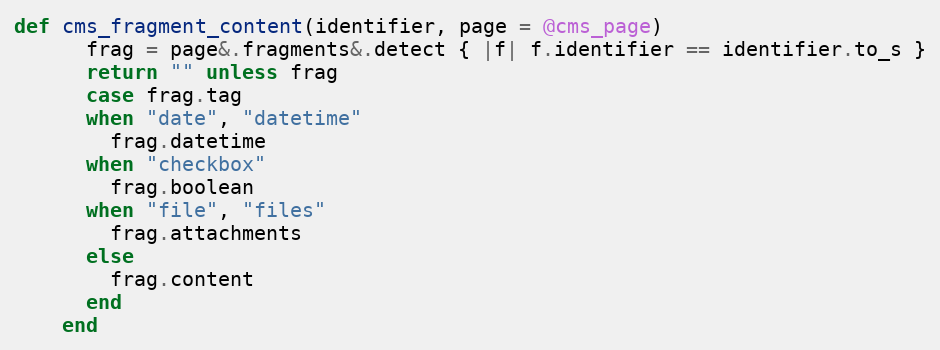
Language: Ruby
def cms_fragment_content(identifier, page = @cms_page)
      frag = page&.fragments&.detect { |f| f.identifier == identifier.to_s }
      return "" unless frag
      case frag.tag
      when "date", "datetime"
        frag.datetime
      when "checkbox"
        frag.boolean
      when "file", "files"
        frag.attachments
      else
        frag.content
      end
    end